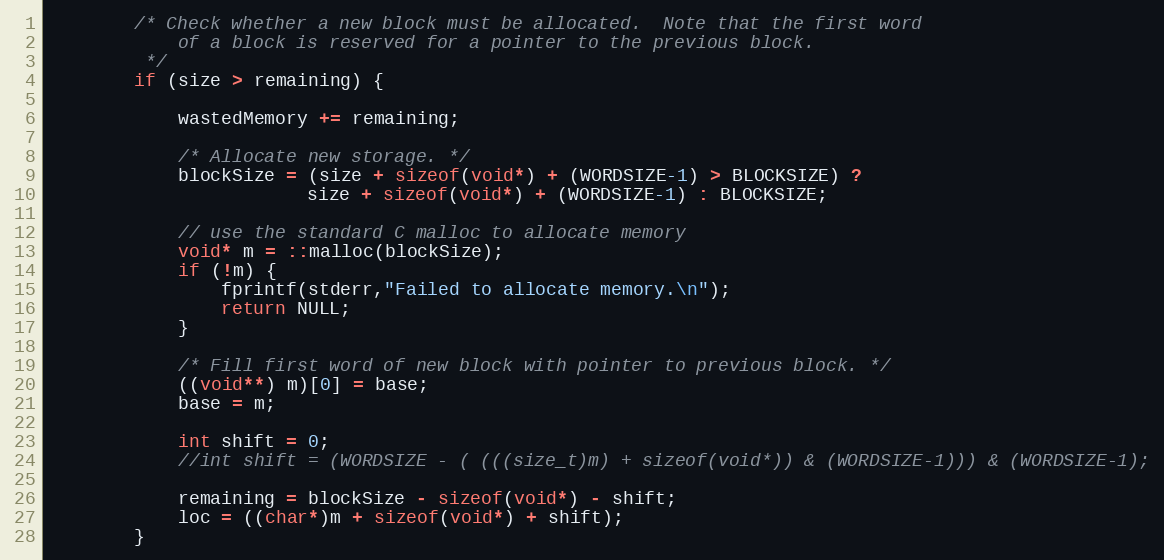
Language: C
        /* Check whether a new block must be allocated.  Note that the first word
            of a block is reserved for a pointer to the previous block.
         */
        if (size > remaining) {

            wastedMemory += remaining;

            /* Allocate new storage. */
            blockSize = (size + sizeof(void*) + (WORDSIZE-1) > BLOCKSIZE) ?
                        size + sizeof(void*) + (WORDSIZE-1) : BLOCKSIZE;

            // use the standard C malloc to allocate memory
            void* m = ::malloc(blockSize);
            if (!m) {
                fprintf(stderr,"Failed to allocate memory.\n");
                return NULL;
            }

            /* Fill first word of new block with pointer to previous block. */
            ((void**) m)[0] = base;
            base = m;

            int shift = 0;
            //int shift = (WORDSIZE - ( (((size_t)m) + sizeof(void*)) & (WORDSIZE-1))) & (WORDSIZE-1);

            remaining = blockSize - sizeof(void*) - shift;
            loc = ((char*)m + sizeof(void*) + shift);
        }